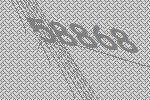
58868